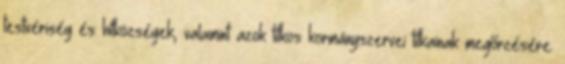
testvériség és hitközségek, valamint azok titkos kormányszervei titkainak megőrzésére.